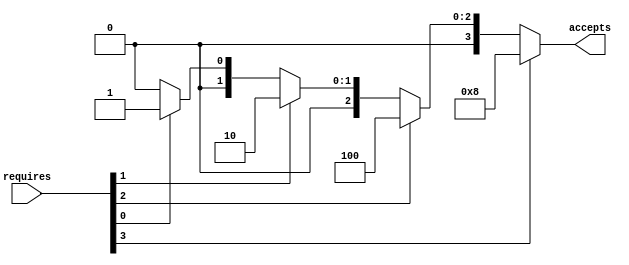
module CDBHelper(
    input [3:0] requires,
    output reg [3:0] accepts
);
    always@(*) begin
        if (requires[3])
            accepts = 4'b1000;
        else if (requires[2])
            accepts = 4'b0100;
        else if (requires[1])
            accepts = 4'b0010;
        else if (requires[0])
            accepts = 4'b0001;
        else
            accepts = 4'b0000;
    end
endmodule
module CDB(
    input [31:0] data0,
    input [3:0] label0,
    input [31:0] data1,
    input [3:0] label1,
    input [31:0] data2,
    input [3:0] label2,
    input [31:0] data3,
    input [3:0] label3,
    input [3:0] sel,
    output reg[31:0] dataOut,
    output reg[3:0] labelOut,
    output EN
);
    always@(*) begin
        if (sel[0]) begin
            dataOut = data0;
            labelOut = label0;
        end else if (sel[1]) begin
            dataOut = data1;
            labelOut = label1;
        end else if (sel[2]) begin
            dataOut = data2;
            labelOut = label2;
        end else begin
            dataOut = data3;
            labelOut = label3;
        end
    end
    assign EN = | sel;
endmodule